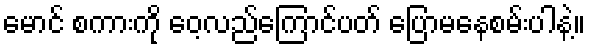
မောင် စကားကို ဝေ့လည်ကြောင်ပတ် ပြောမနေစမ်းပါနဲ့။